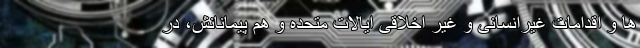
ها و اقدامات غیرانسانی و غیر اخلاقی ایالات متحده و هم پیمانانش، در